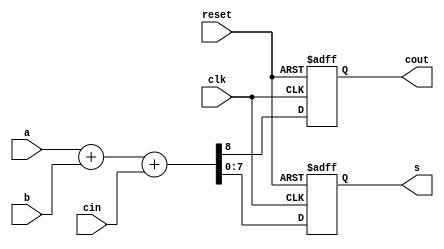
`timescale 1ns/1ns
module example_3_full_adder_8bit(clk, reset, a, b, cin, s, cout);
	
    parameter WIDTH = 8;
	input [WIDTH-1 : 0] a;
    input [WIDTH-1 : 0] b;
    input cin;
	input clk, reset;
	output reg cout;
	output reg [WIDTH-1 : 0] s;

	wire [WIDTH : 0] temp;
	assign temp = a + b + cin;
	
	always @(posedge clk or posedge reset)
	    begin
		    if(reset) begin
			    s <= 8'b0;
			    cout <= 0;
			    end
		    else begin
			    s <= temp[WIDTH-1:0];
	            cout <= temp[WIDTH];
	            end
	    end
endmodule